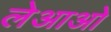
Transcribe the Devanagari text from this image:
लेआओ